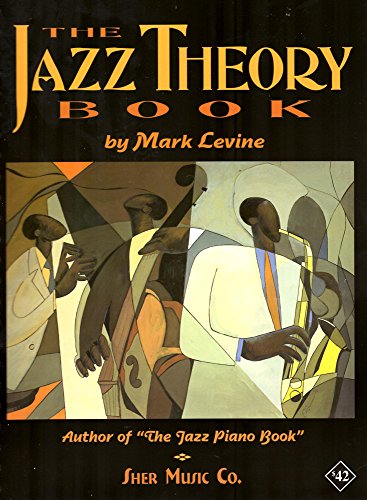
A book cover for The Jazz Theory Book; Mark Levine; Humor & Entertainment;